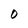
Character: O